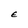
Character: E